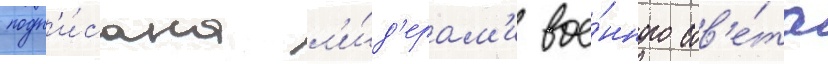
подп'и́сана л'и́д'ерам'и вое́нного сов'е́та